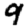
Digit: 9